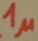
Text: 1µ